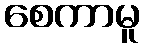
စေကာမူ